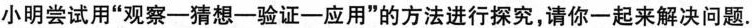
小明尝试用”观察——猜想——验证——应用”的方法进行探究，请你一起来解决问题.